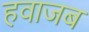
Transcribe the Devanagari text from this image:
हवाजब